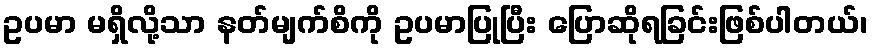
ဥပမာ မရှိလို့သာ နတ်မျက်စိကို ဥပမာပြုပြီး ပြောဆိုရခြင်းဖြစ်ပါတယ်၊